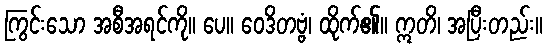
ကြွင်းသော အစီအရင်ကို။ ပေ။ ဝေဒိတဗ္ဗံ၊ ထိုက်၏။ ဣတိ၊ အပြီးတည်း။